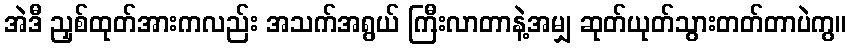
အဲဒီ ညှစ်ထုတ်အားကလည်း အသက်အရွယ် ကြီးလာတာနဲ့အမျှ ဆုတ်ယုတ်သွားတတ်တာပဲကွ။